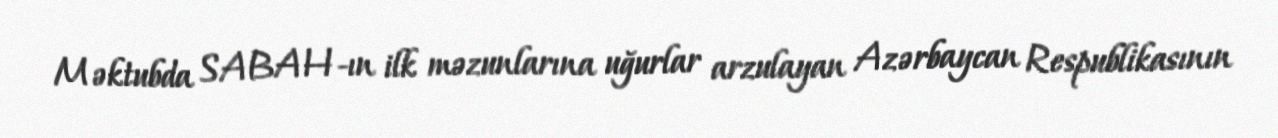
Məktubda SABAH-ın ilk məzunlarına uğurlar arzulayan Azərbaycan Respublikasının